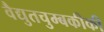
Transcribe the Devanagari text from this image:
वैद्युतचुम्बकीकी